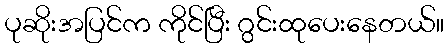
ပုဆိုးအပြင်က ကိုင်ပြီး ဂွင်းထုပေးနေတယ်။